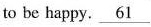
to be happy. \underline{61}